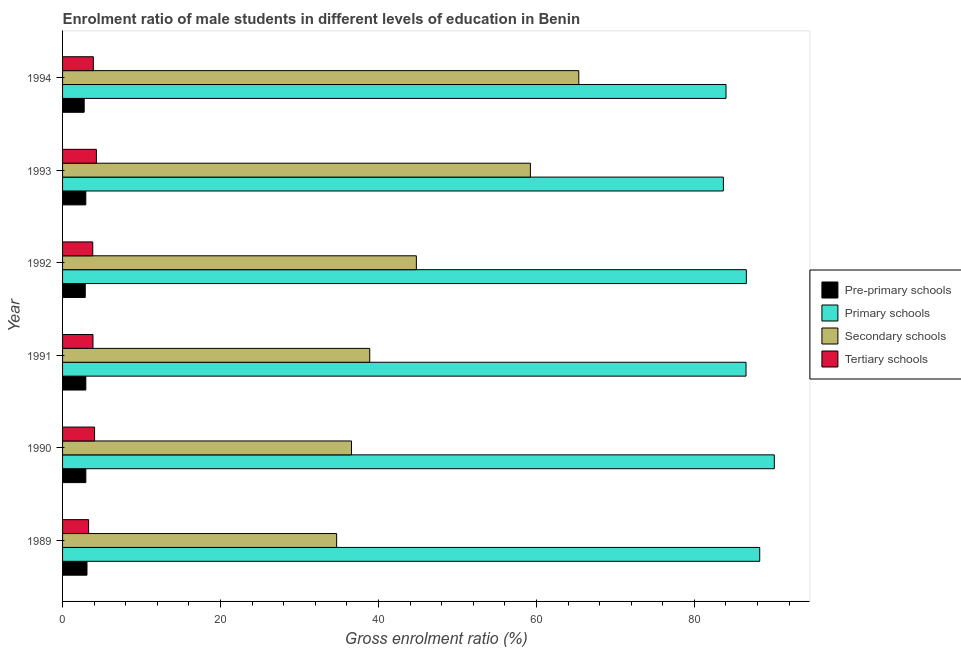
| Year | Pre-primary schools | Primary schools | Secondary schools | Tertiary schools |
 | --- | --- | --- | --- | --- |
 | 1989 | 3.09 | 88.3 | 34.7 | 3.3 |
 | 1990 | 2.95 | 90.1 | 36.6 | 4.05 |
 | 1991 | 2.95 | 86.5 | 38.9 | 3.85 |
 | 1992 | 2.87 | 86.6 | 44.8 | 3.82 |
 | 1993 | 2.94 | 83.7 | 59.2 | 4.29 |
 | 1994 | 2.74 | 84 | 65.4 | 3.9 |